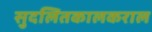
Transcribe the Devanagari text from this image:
सुदलितकालकराल